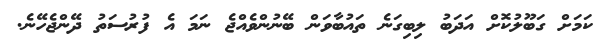
ކަމަށް ގަބޫލުކޮށް އަދަބު ލިބިގަނެ ތައުބާވަން ބޭނުންވެއްޖެ ނަމަ އެ ފުރުސަތު ދޭންޖެހޭނެ.